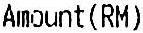
AMOUNT(RM)